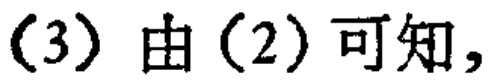
(3) 由(2)可知，